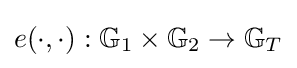
e(\cdot ,\cdot ):{\mathbb {G} }_{1}\times {\mathbb {G} }_{2}\rightarrow {\mathbb {G} }_{T}